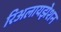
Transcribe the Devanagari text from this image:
रिअलायझेशन